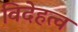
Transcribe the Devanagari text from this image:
विदेहत्व